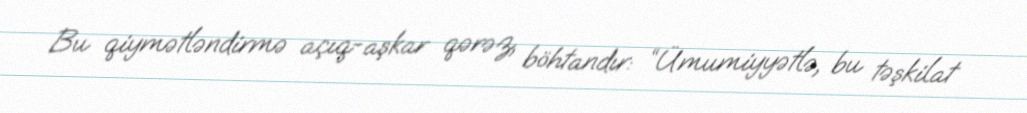
Bu qiymətləndirmə açıq-aşkar qərəz, böhtandır: “Ümumiyyətlə, bu təşkilat